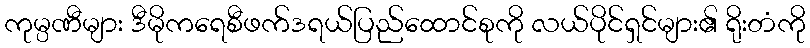
ကုမ္ပဏီများ ဒီမိုကရေစီဖက်ဒရယ်ပြည်ထောင်စုကို လယ်ပိုင်ရှင်များ၏ ရိုးတံကို